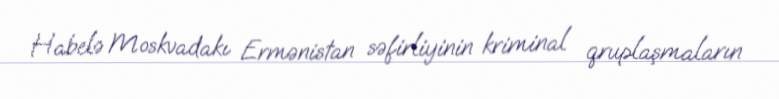
Habelə Moskvadakı Ermənistan səfirliyinin kriminal qruplaşmaların